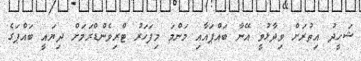
ޝަހީދު އިތުރަށް ވިދާޅުވީ އޭނާ ބައްޕައާއި މަންމަ މިފަހަރު ޓްރިވެންޑްރަމަށް ދިޔައީ ބައްޕަގެ